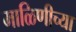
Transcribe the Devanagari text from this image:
माळिणीच्या